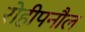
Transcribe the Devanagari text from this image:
रोहीपनौल